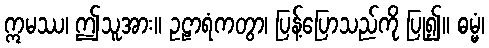
ဣမဿ၊ ဤသူအား။ ဥဠာရံကတွာ၊ ပြန့်ပြောသည်ကို ပြု၍။ ဓမ္မံ၊